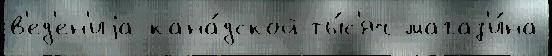
в'ед'ен'иjа кана́дской ты́с'яч магаз'и́на